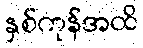
နှစ်ကုန်အထိ